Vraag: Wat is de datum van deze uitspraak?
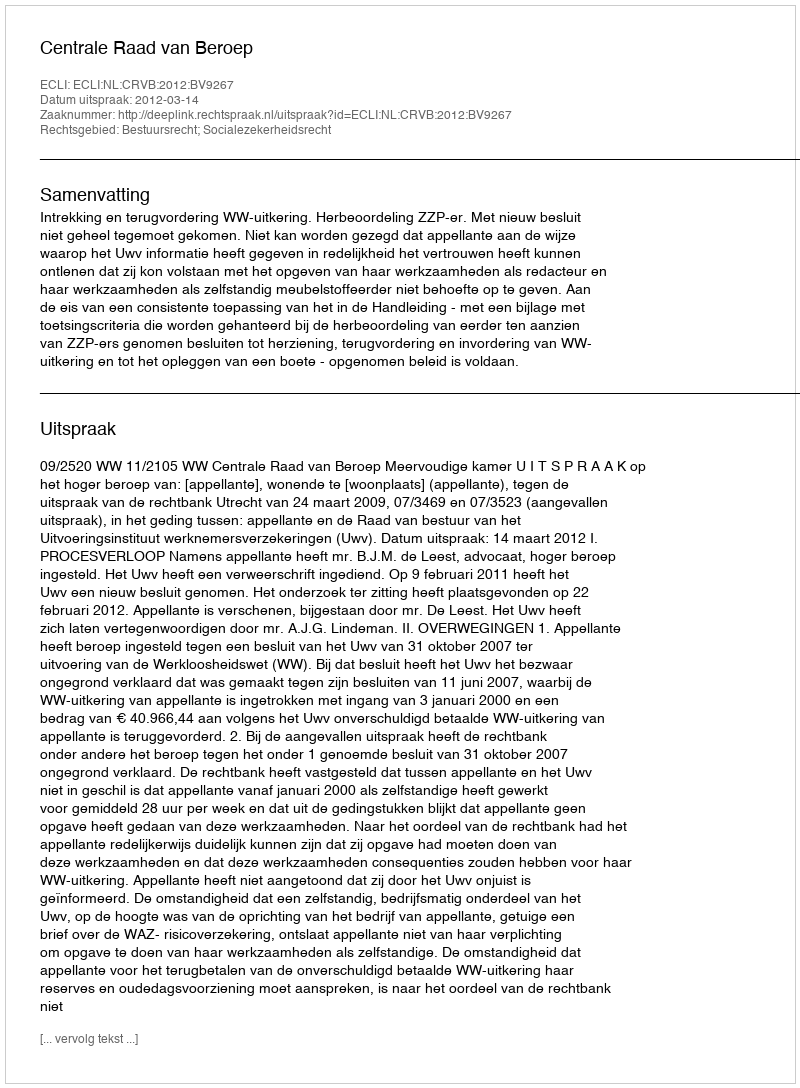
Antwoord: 2012-03-14